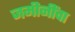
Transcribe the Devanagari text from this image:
जमीनींचा